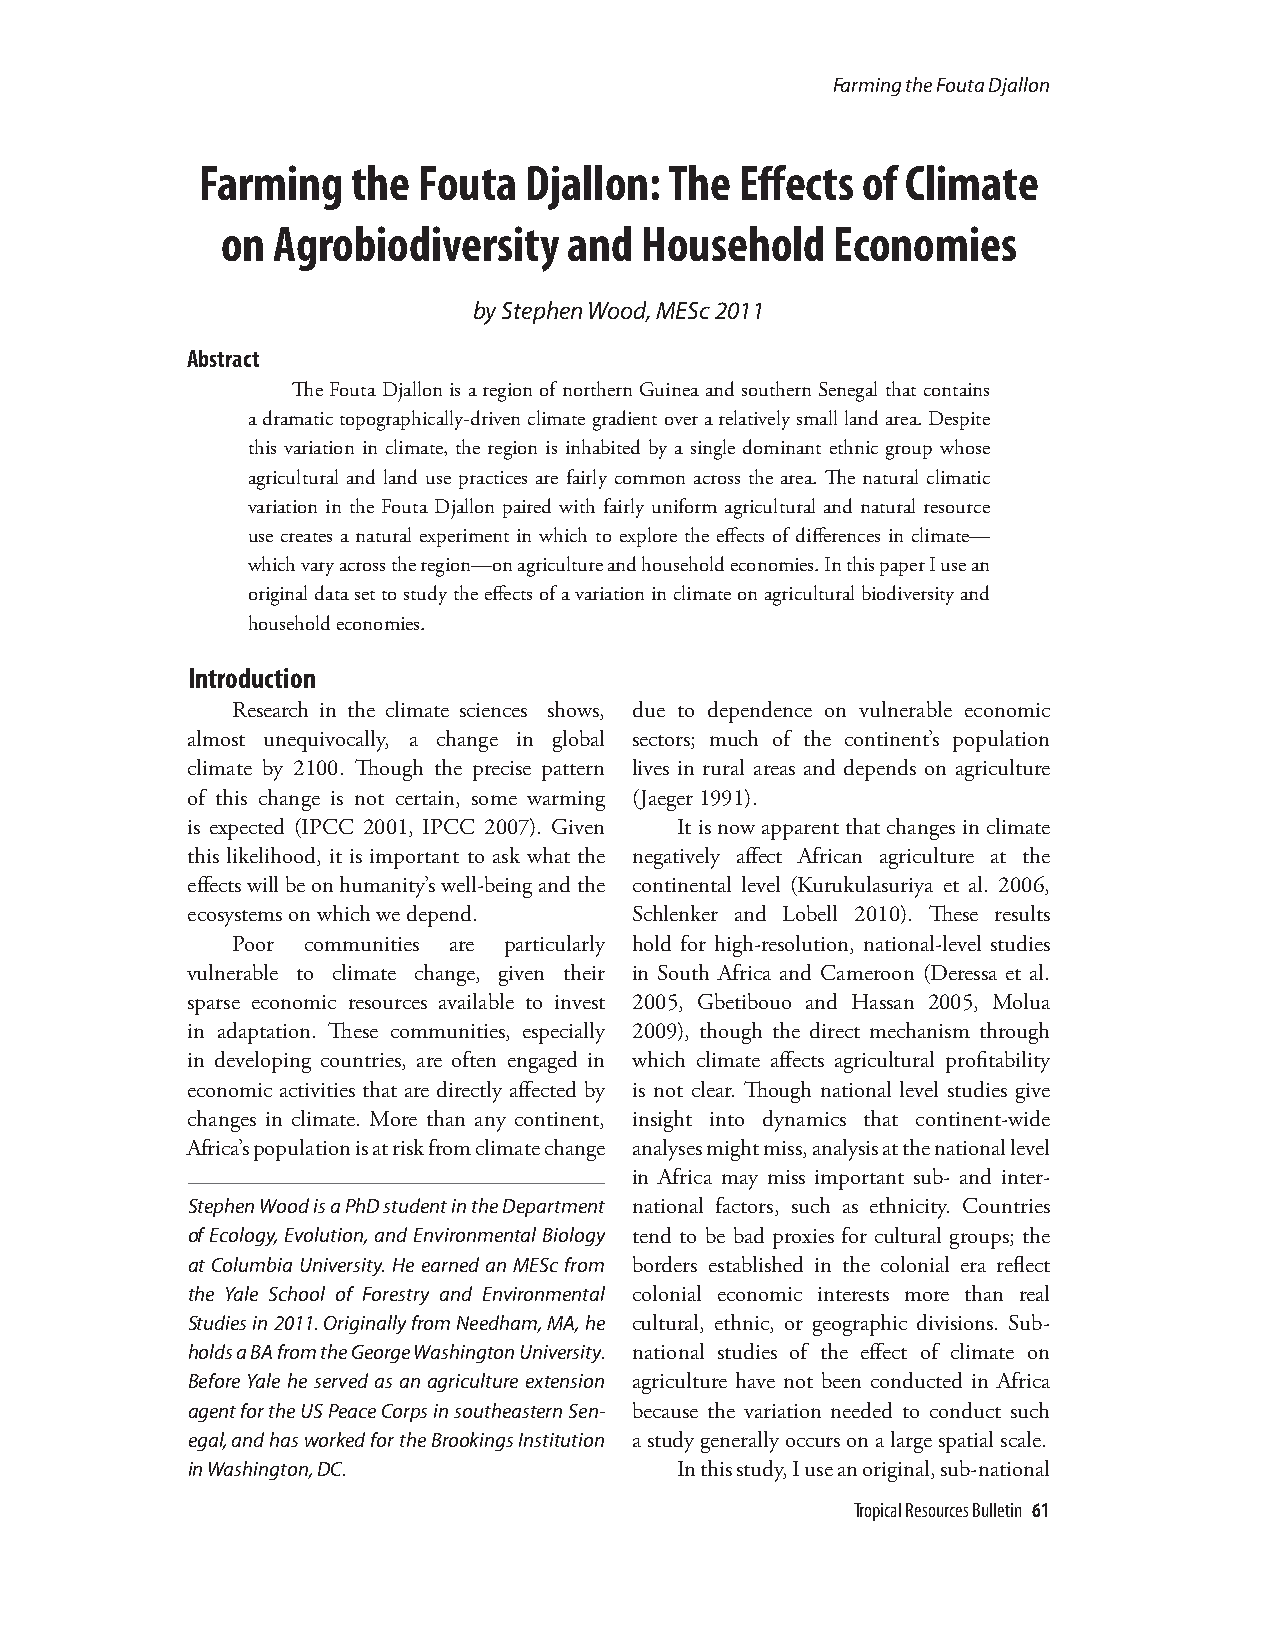
Farming the Fouta Djallon
 Farming   the  Fouta  Djallon: The  Effects of Climate
 on Agrobiodiversity    and Household    Economies
 by Stephen Wood, MESc 2011
 Abstract
 The Fouta Djallon is a region of northern Guinea and southern Senegal that contains
 a dramatic topographically-driven climate gradient over a relatively small land area. Despite
 this variation in climate, the region is inhabited by a single dominant ethnic group whose
 agricultural and land use practices are fairly common across the area. The natural climatic
 variation in the Fouta Djallon paired with fairly uniform agricultural and natural resource
 use creates a natural experiment in which to explore the effects of differences in climate—
 which vary across the region—on agriculture and household economies. In this paper I use an
 original data set to study the effects of a variation in climate on agricultural biodiversity and
 household economies.
 Introduction
 Research in the climate sciences shows, due to dependence on vulnerable economic
 almost unequivocally, a change in global sectors; much of the continent’s population
 climate by 2100. Though the precise pattern lives in rural areas and depends on agriculture
 of this change is not certain, some warming (Jaeger 1991).
 is expected (IPCC 2001, IPCC 2007). Given It is now apparent that changes in climate
 this likelihood, it is important to ask what the negatively affect African agriculture at the
 effects will be on humanity’s well-being and the continental level (Kurukulasuriya et al. 2006,
 ecosystems on which we depend. Schlenker and Lobell 2010). These results
 Poor communities are particularly hold for high-resolution, national-level studies
 vulnerable to climate change, given their in South Africa and Cameroon (Deressa et al.
 sparse economic resources available to invest 2005, Gbetibouo and Hassan 2005, Molua
 in adaptation. These communities, especially 2009), though the direct mechanism through
 in developing countries, are often engaged in which climate affects agricultural profitability
 economic activities that are directly affected by is not clear. Though national level studies give
 changes in climate. More than any continent, insight into dynamics that continent-wide
 Africa’s population is at risk from climate change analyses might miss, analysis at the national level
 in Africa may miss important sub- and inter-
 Stephen Wood is a PhD student in the Department national factors, such as ethnicity. Countries
 of Ecology, Evolution, and Environmental Biology tend to be bad proxies for cultural groups; the
 at Columbia University. He earned an MESc from borders established in the colonial era reflect
 the Yale School of Forestry and Environmental colonial economic interests more than real
 Studies in 2011. Originally from Needham, MA, he cultural, ethnic, or geographic divisions. Sub-
 holds a BA from the George Washington University. national studies of the effect of climate on
 Before Yale he served as an agriculture extension agriculture have not been conducted in Africa
 agent for the US Peace Corps in southeastern Sen- because the variation needed to conduct such
 egal, and has worked for the Brookings Institution a study generally occurs on a large spatial scale.
 in Washington, DC.               In this study, I use an original, sub-national
 Tropical Resources Bulletin 61